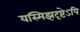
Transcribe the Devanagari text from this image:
यस्मिझदृष्टेऽपि